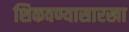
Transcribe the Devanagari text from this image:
शिकवण्यासारखा